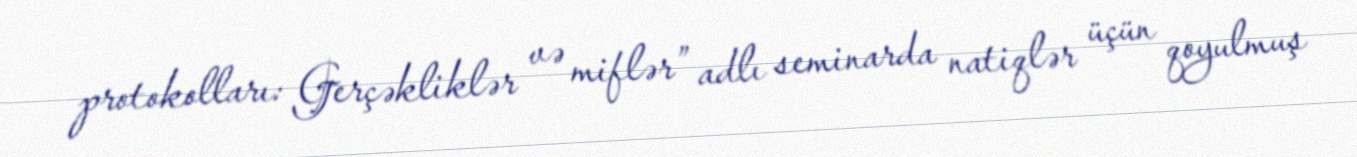
protokolları: Gerçəkliklər və miflər” adlı seminarda natiqlər üçün qoyulmuş